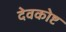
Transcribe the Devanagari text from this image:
देवकोष्ट